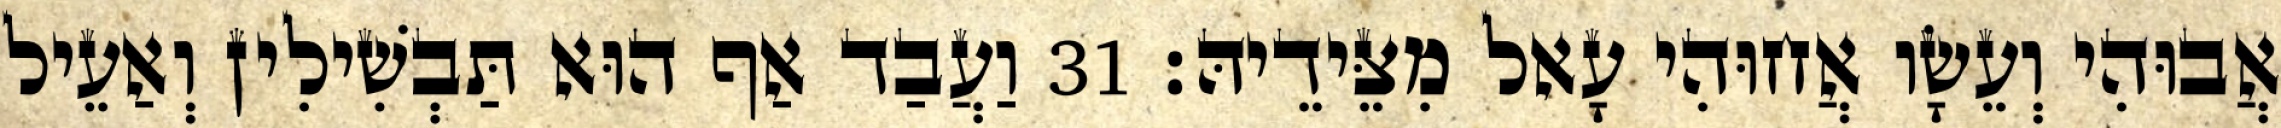
אֲבוּהִי וְעֵשָׂו אֲחוּהִי עָאל מִצֵּידֵיהּ׃ 31 וַעֲבַד אַף הוּא תַּבְשִׁילִין וְאַעֵיל